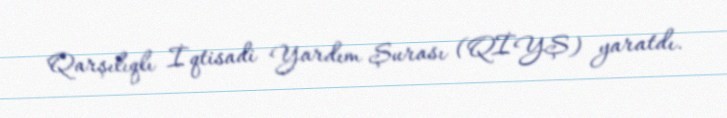
Qarşılıqlı İqtisadi Yardım Şurası (QİYŞ) yaratdı.